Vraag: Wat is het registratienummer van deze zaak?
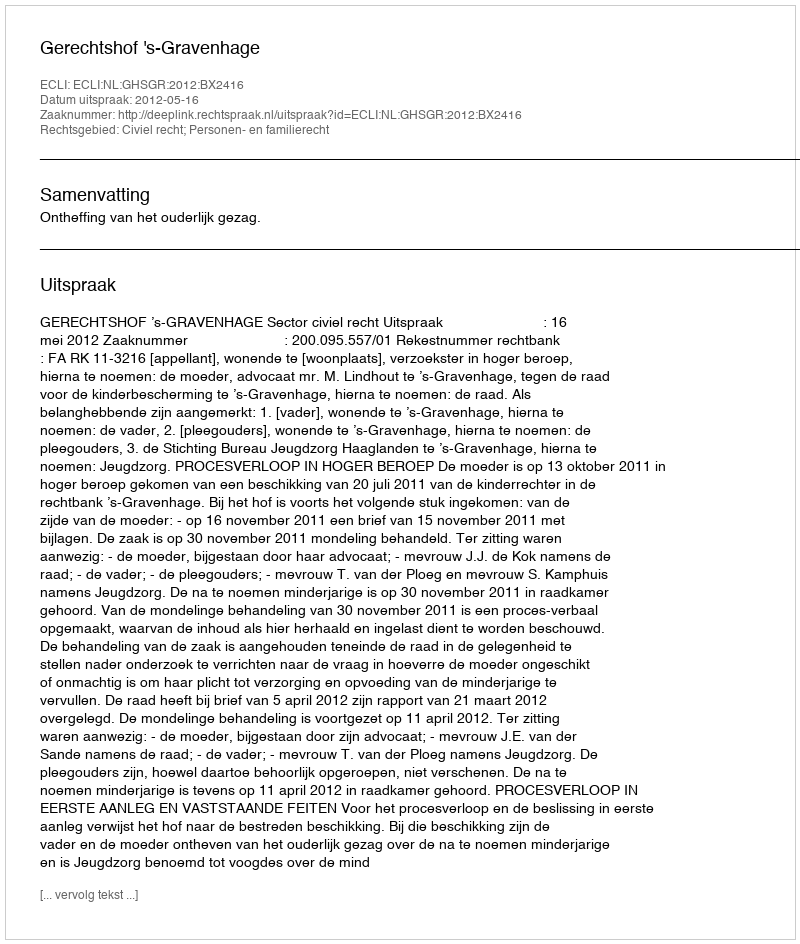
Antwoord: http://deeplink.rechtspraak.nl/uitspraak?id=ECLI:NL:GHSGR:2012:BX2416